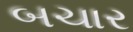
બચાર